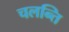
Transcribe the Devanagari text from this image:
चलन्ति